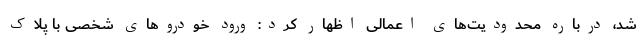
شد، درباره محدودیت‌های اعمالی اظهار کرد: ورود خودروهای شخصی با پلاک